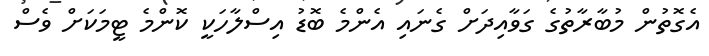
އެގޮތުން މުބާރާތުގެ ގަވާއިދަށް ގެނައި އެންމެ ބޮޑު އިސްލާހަކީ ކޮންމެ ޓީމަކަށް ވެސް